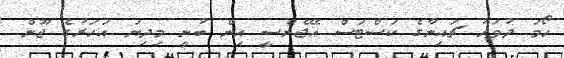
ހޯމަ ދުވަހު ޗައިނާގެ ކަސްޓަސް އޭޖެންސީ އިން ބުނީ މިދިޔަ އަހަރުގެ ޖޫން